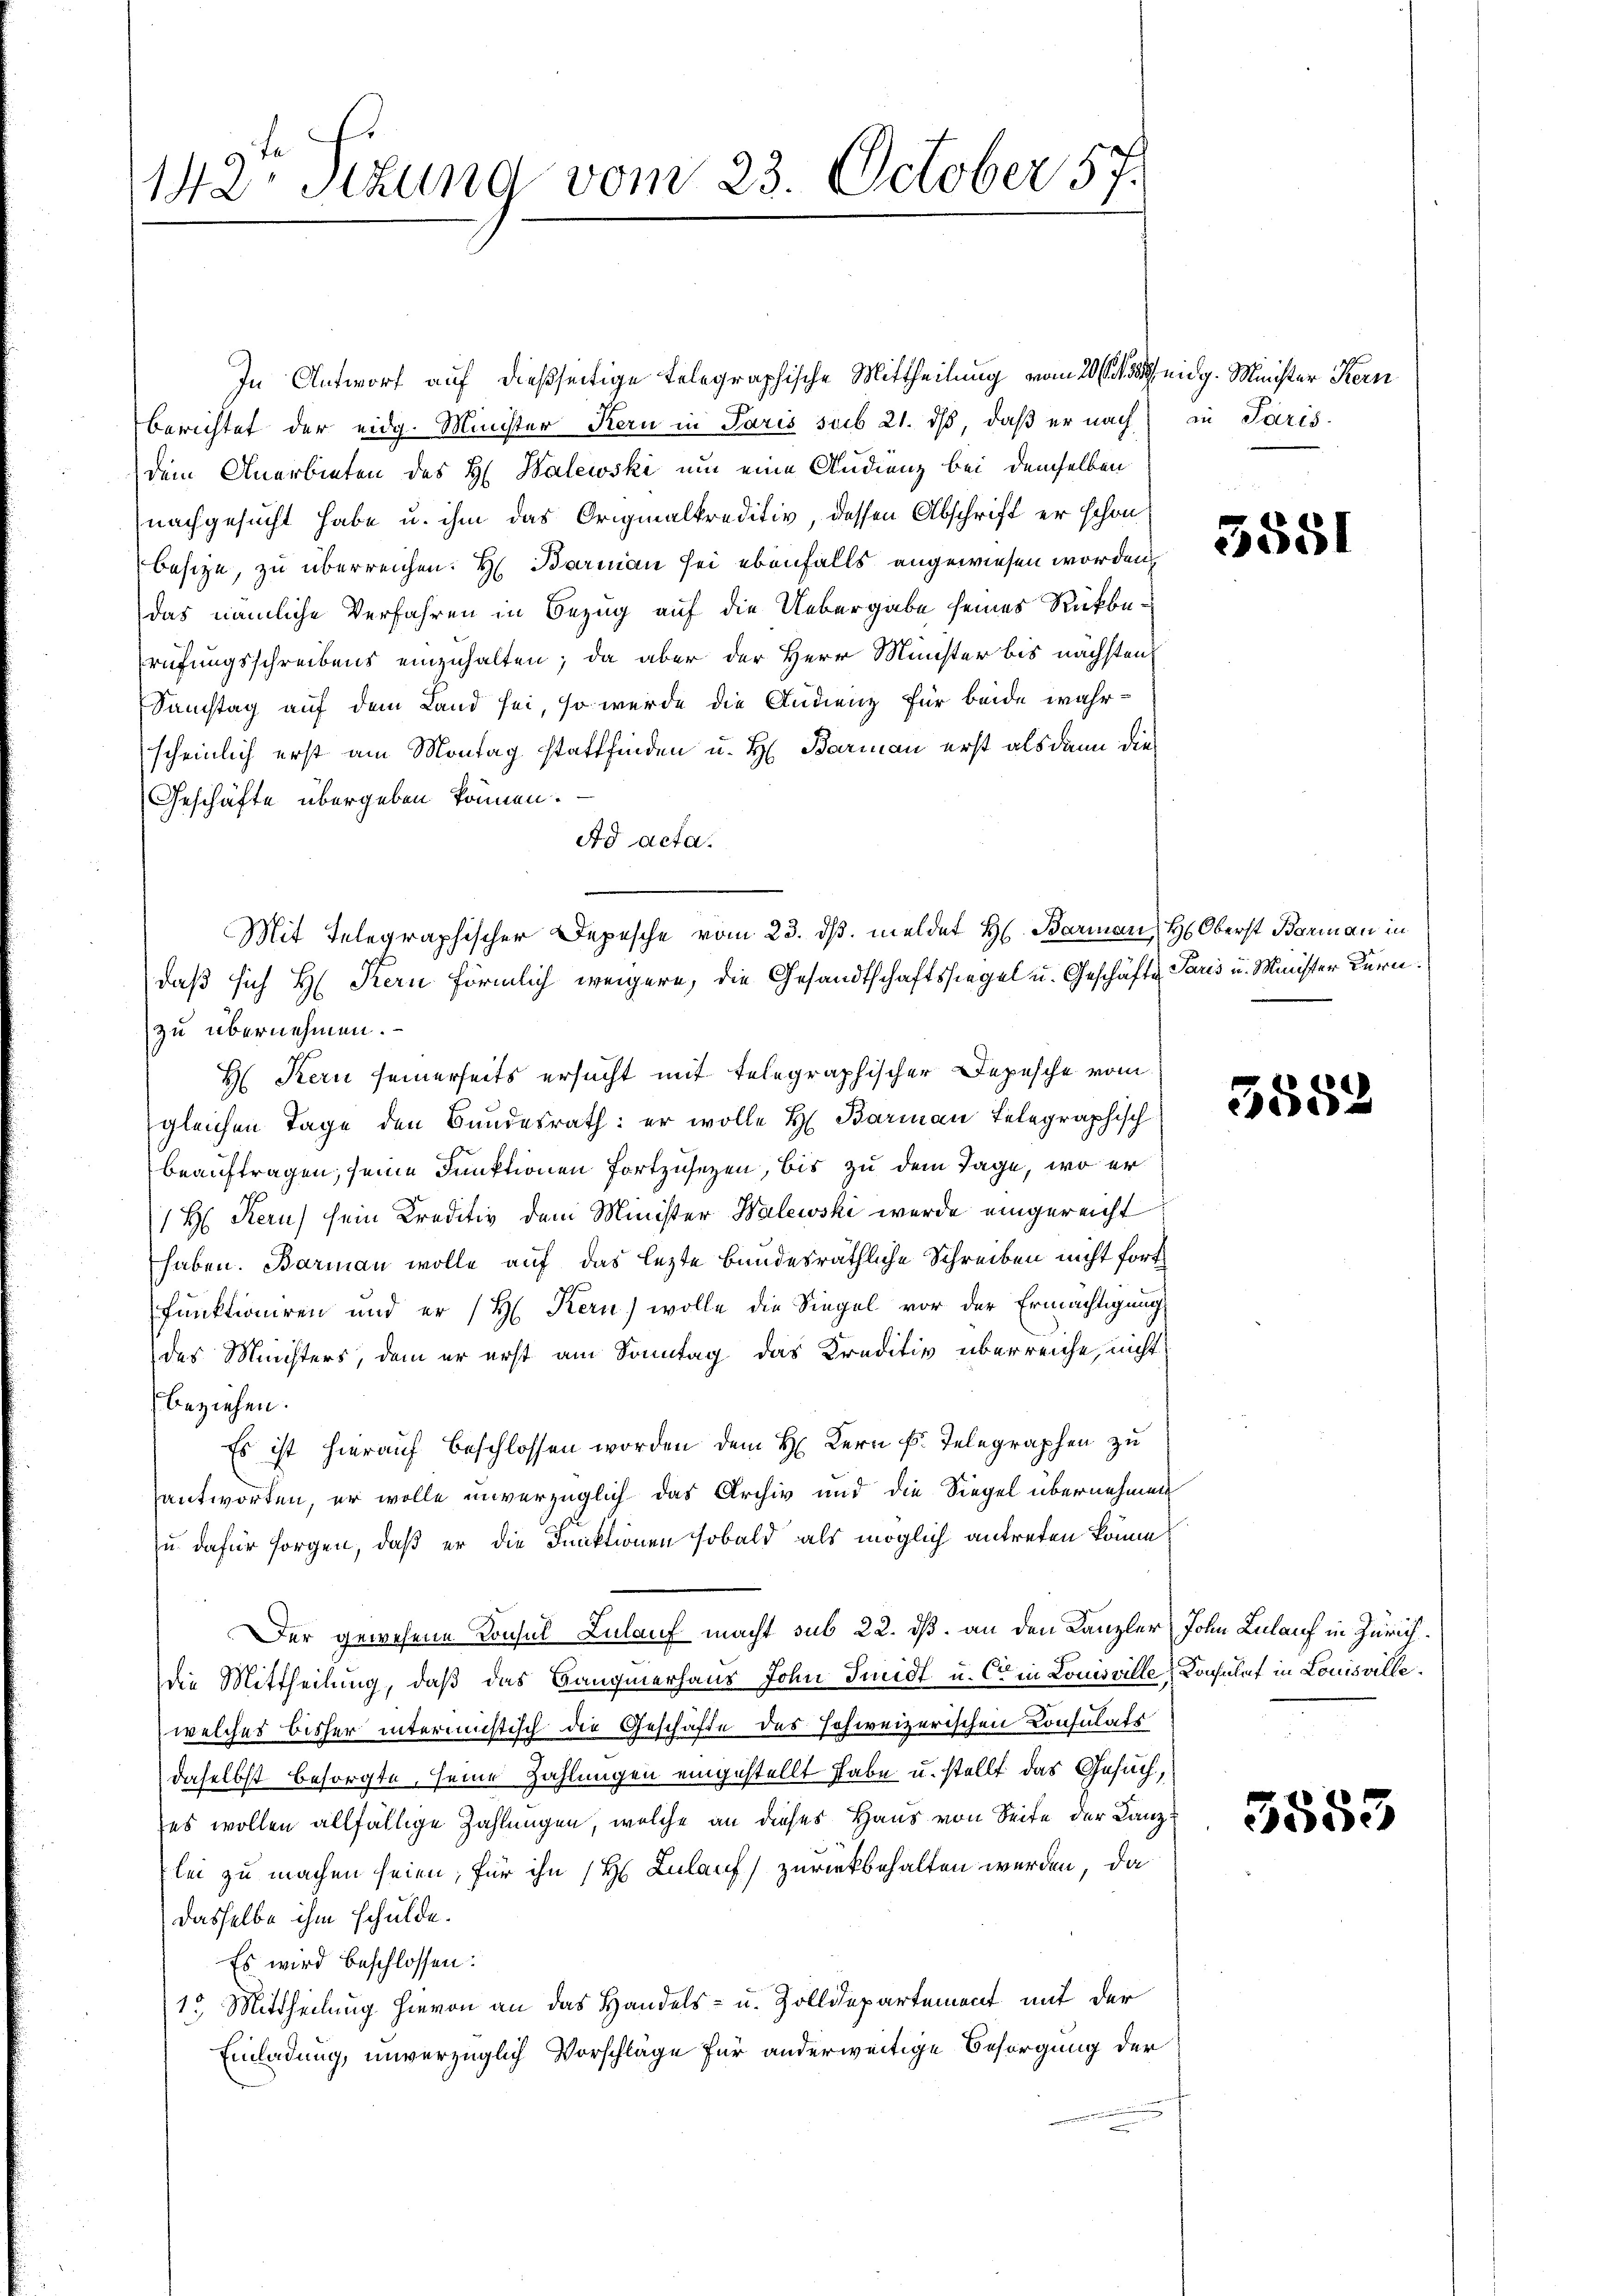
142. Sitzung vom 23. October 57.

In Antworf auf dießseitige Telegraphische Mittheilung vom 20 statt eidg. Minister Kern
Berichtet der eidg. Minister Kern in Paris sub 21. dβ, daß er nach in Paris
dem Anerbieten des H. Walewski um eine Audienz bei demselben
nachgesucht habe u. ihm das Originalkreditiv, dessen Abschrift er schon
Besitze, zu überreichen. H. Barman sei ebenfalls angewiesen worden,
das nämliche Verfahren in Bezug auf die Uebergabe seines Rückberufungsschreibens einzuhalten; da aber der Herr Münster bis nächsten
Samstag auf dem Land sei, so werde die Indienz für beide wahrscheinlich erst am Montag stattfinden u. H. Barmann erst als dann die
Geschäfte übergeben können.
Ad Acta.
daß sich H. Kern förmlich weigere, die Gesandtschaftssiegel u. Geschäfte Paris u. Minister Kürnzu übernehmen.
H Kern seinerseits ersucht mit telegraphischer Depesche vom
gleichen Tage den Bundesrath: er wolle H. Barmann telegraphisch
beauftragen, seine Funktionen Fortzusetzen, bis zu dem Tage, wo er
1 H. Kern) sein Kreditiv dem Minister Walewski werde eingereicht
haben. Barman wolle auf das lezte bundesräthliche Schreiben nicht fort
funktioniren und er (H. Kern) wolle die Siegel vor der Ermächtigung
des Ministers, dem er erst am Sonntag das Kreditiv überreiche, nicht
beziehen.
Es ist hierauf beschlossen worden dem H. Kern F. Telegraphen zu
antworten, er wolle unverzüglich das Archiv und die Siegel übernehmen
zu dafür sorgen, daß er die Funktionen sobald als möglich antreten könne
Der gewesene Konsul Lulauf macht sub 22. dß. an den Kanzler John Lulauf in Zürichdie Mittheilung, daß das Baugmerhaus John Smidt u. C in Louisville Konsulat in Louisville.
welches bisher intermistisch die Geschäfte des schweizerischen Konsulats
daselbst besorgte, seine Zahlungen eingestellt habe u. stellt das Gesuch,
es wollen allfällige Zahlungen, welche an dieses Haus von Seite der Lanzlei zu machen seien, für ihn (H. Zulauf zurückbehalten werden, da
dasselbe ihm schulde.
Es wird beschlossen:
13. Mittheilung hievon an das Handels- u. Zolldepartement mit der
Einladung, unverzüglich Vorschläge für anderweitige Besorgung der

Mit Telegraphischer Depesche vom 23. ds. meldet H. Baarmann, H. Oberst Baumann in

3551

358.

5555